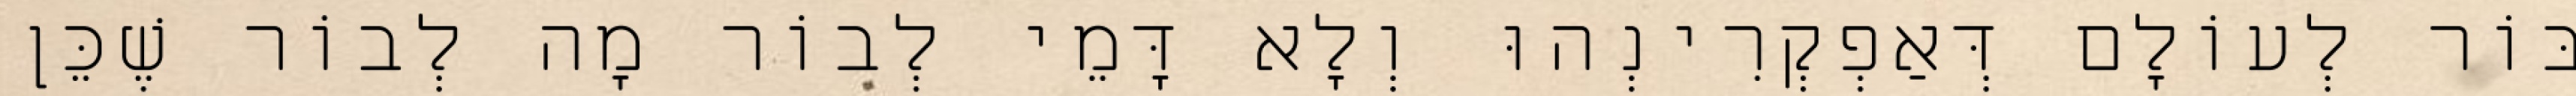
בּוֹר לְעוֹלָם דְּאַפְקְרִינְהוּ וְלָא דָּמֵי לְבוֹר מָה לְבוֹר שֶׁכֵּן